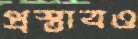
প্রস্তাবও